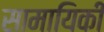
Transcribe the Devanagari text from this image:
सामायिकी